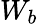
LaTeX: W_{b}